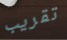
تقريب